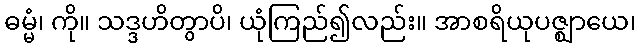
ဓမ္မံ၊ ကို။ သဒ္ဒဟိတွာပိ၊ ယုံကြည်၍လည်း။ အာစရိယုပဇ္ဈာယေ၊